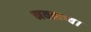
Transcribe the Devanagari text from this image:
नवप्राप्य।